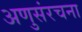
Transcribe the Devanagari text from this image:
अणुसंरचना